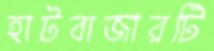
হাটবাজারটি